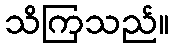
သိကြသည်။